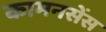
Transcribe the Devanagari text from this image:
कामनसेंस